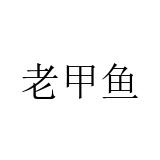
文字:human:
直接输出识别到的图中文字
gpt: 老甲鱼